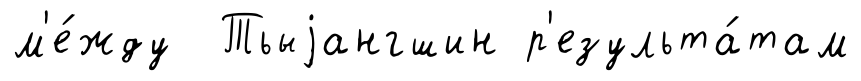
м'е́жду Тьыjангшин р'езульта́там